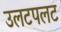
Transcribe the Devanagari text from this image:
उलटपलट